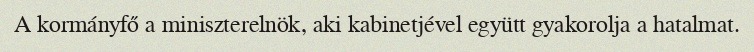
A kormányfő a miniszterelnök, aki kabinetjével együtt gyakorolja a hatalmat.